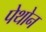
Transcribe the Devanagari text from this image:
पेथोन